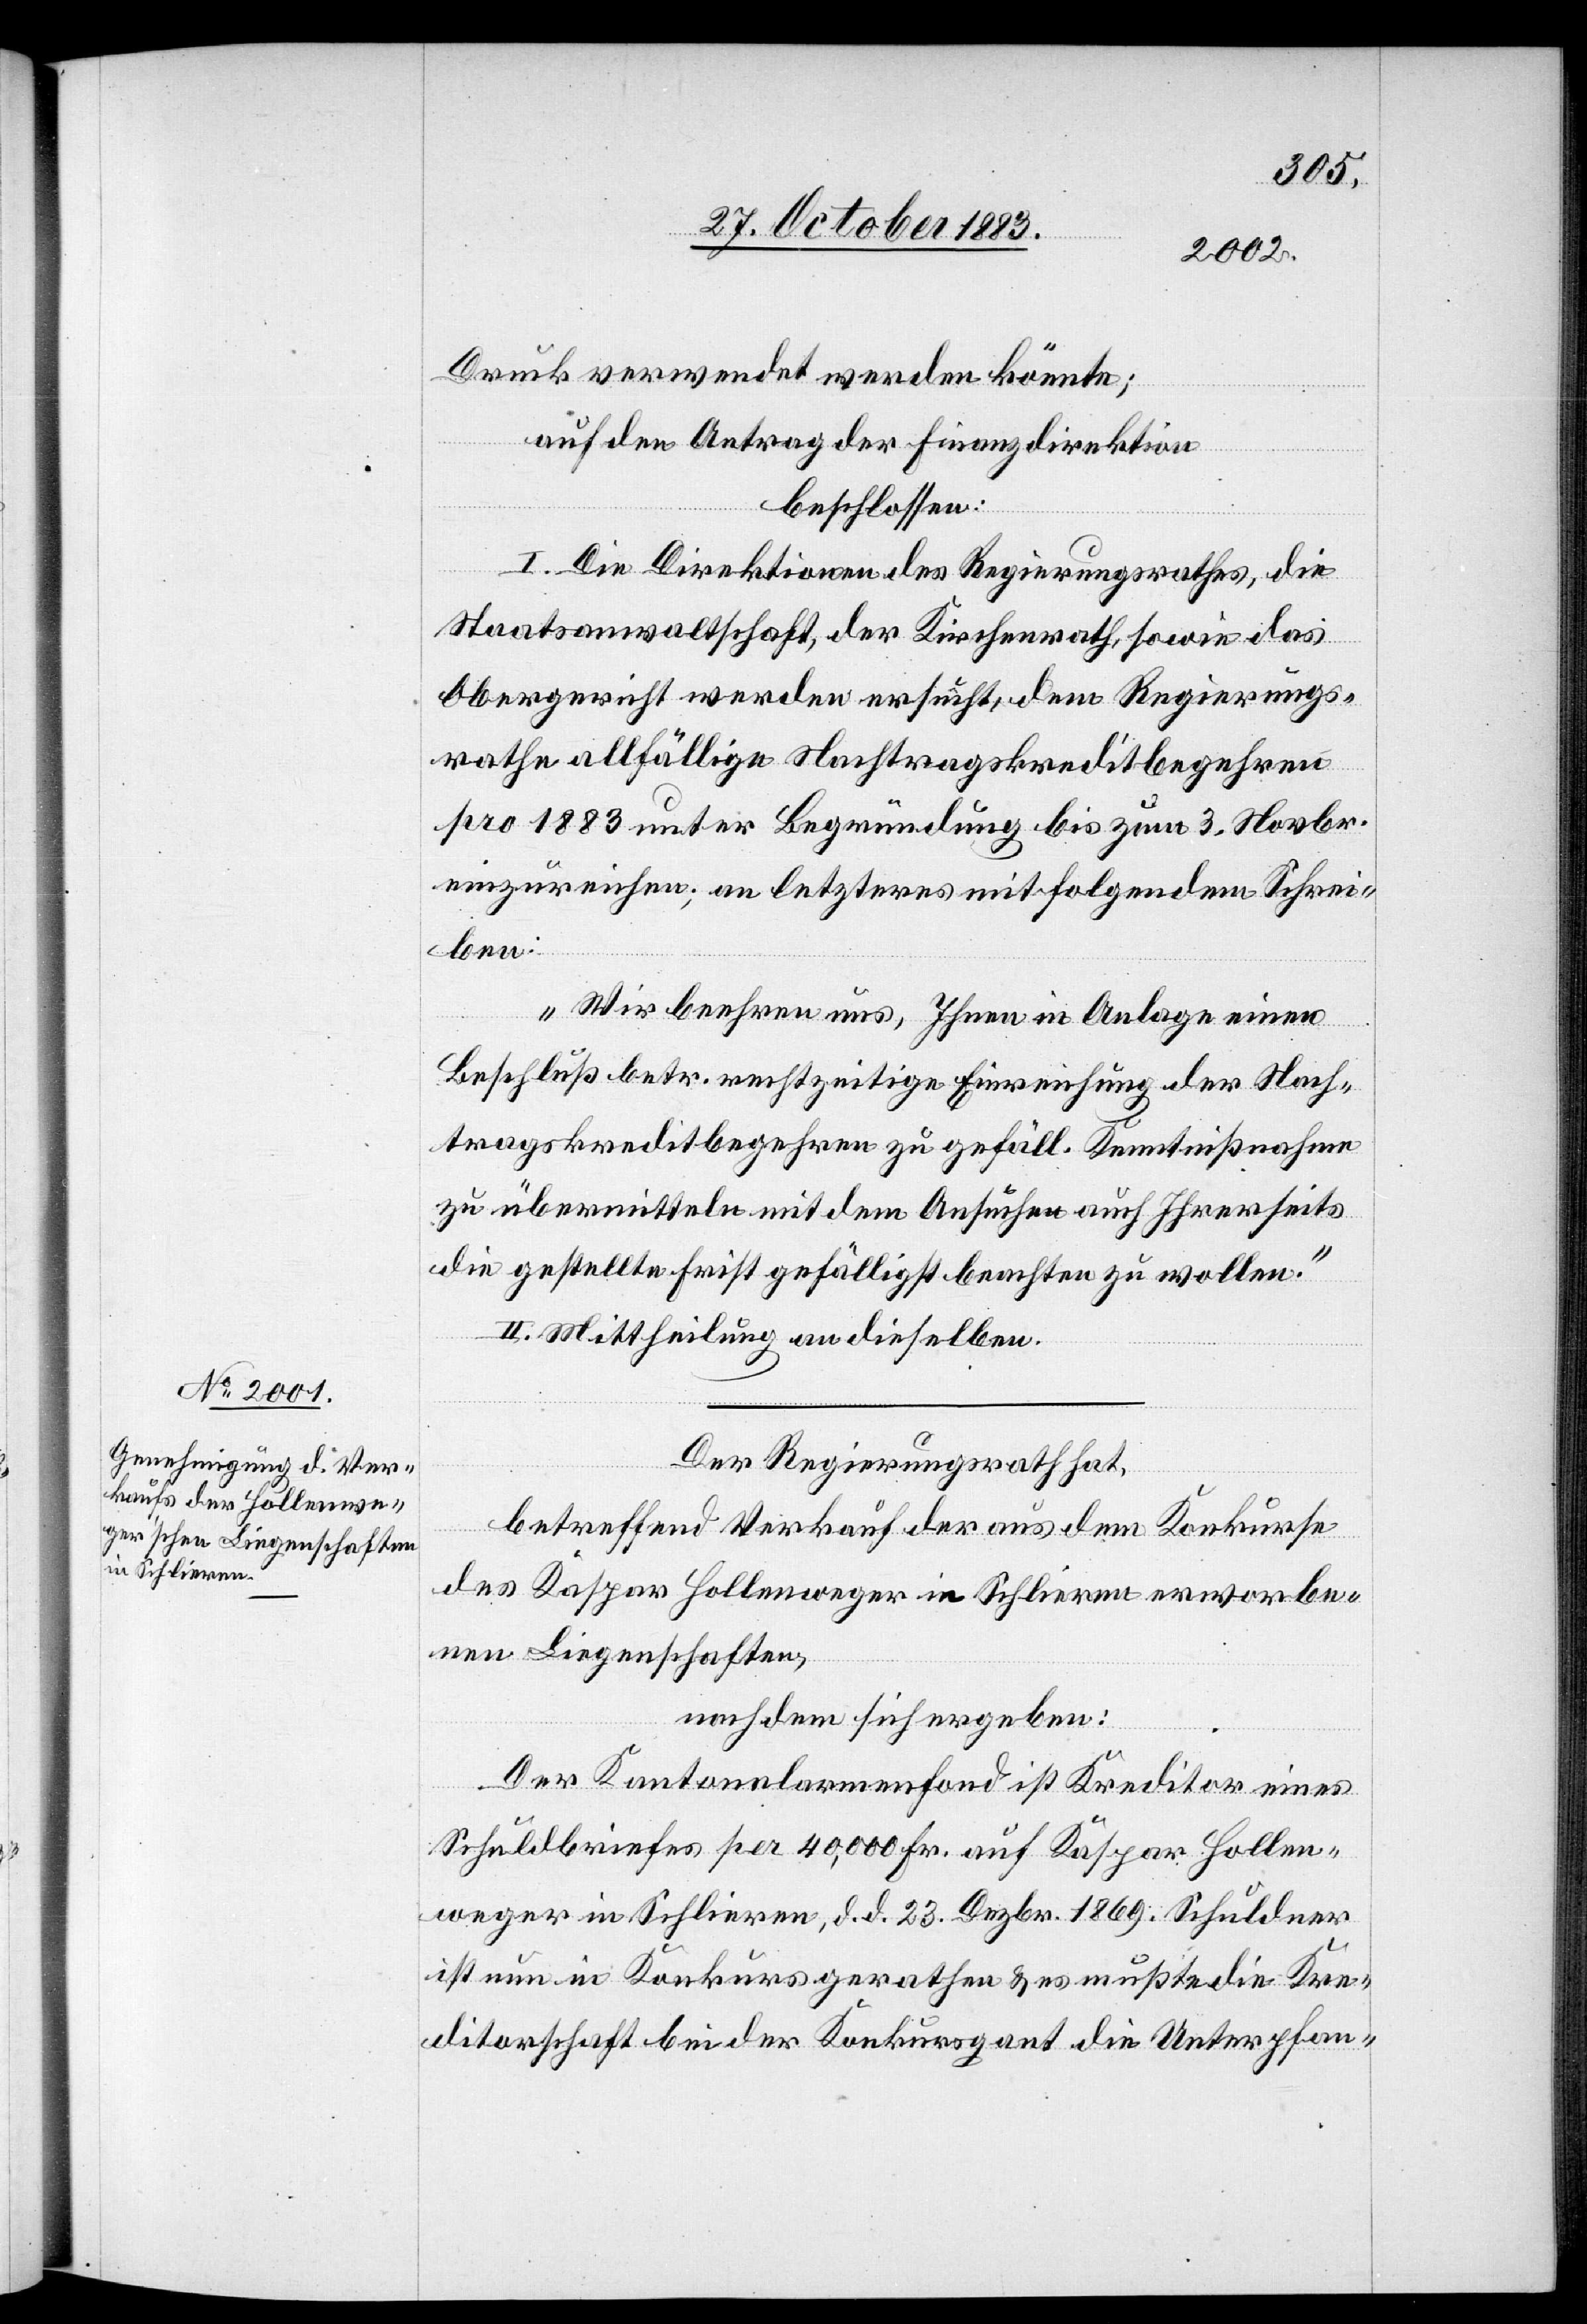
Druck verwendet werden könnte;
auf den Antrag der Finanzdirektion
beschlossen:
I. Die Direktionen des Regierungsrathes, die
Staatsanwaltschaft, der Kirchenrath, sowie das
Obergericht werden ersucht, dem Regierungs¬
rathe allfällige Nachtragskreditbegehren
pro 1883 unter Begründung bis zum 3. Novbr.
einzureichen; an letzteres mit folgendem Schrei¬
ben:
„Wir beehren uns, Ihnen in Anlage einen
Beschluß betr. rechtzeitige Einreichung der Nach¬
tragskreditbegehren zu gefäll. Kenntnißnahme
zu übermitteln mit dem Ansuchen auch Ihrerseits
die gestellte Frist gefälligst beachten zu wollen.“
II Mittheilung an dieselben.
Der Regierungsrath hat,
betreffend Verkauf der aus dem Konkurse
des Kaspar Hollenweger in Schlieren erworbe¬
nen Liegenschaften,
nachdem sich ergeben:
Der Kantonalarmenfond ist Kreditor eines
Schuldbriefes per 40,000 Fr. auf Kaspar Hollen¬
weger in Schlieren, d. d. 23. Dezbr. 1869. Schuldner
ist nun in Konkurs gerathen & es mußte die Kre¬
ditorschaft bei der Konkursgant die Unterpfan-